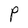
Character: P